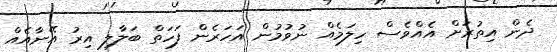
ދެން އިތުރަށް އެއްވެސް ހިލަމެއް ނުވުމުން އަހަރެން ފަހަތް ބަލާލި އިރު އޭނާއެއް